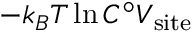
- k _ { B } T \ln C ^ { \circ } V _ { \mathrm { s i t e } }